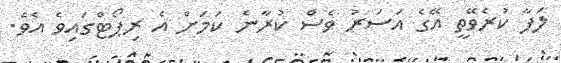
ލަފާ ކުރެވޭތީ އޭގެ އަސަރު ވެސް ކުރާނެ ކަމަށް އެ ރިޕޯޓްގައިވެ އެވެ.